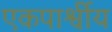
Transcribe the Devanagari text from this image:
एकपार्श्वीय